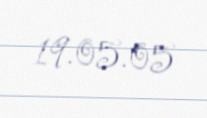
19.05.05